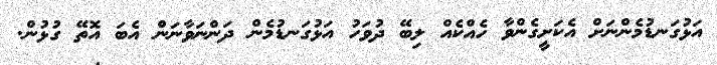
އަޅުގަނޑުމެންނަށް އެކަށީގެންވާ ހެއްކެއް ލިބޭ ދުވަހު އަޅުގަނޑުމެން ދަންނަވާނަން އެބަ އޮތޭ ގުޅުން.